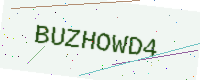
Text: BUZHOWD4